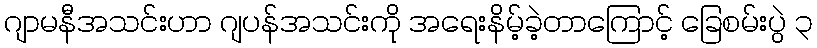
ဂျာမနီအသင်းဟာ ဂျပန်အသင်းကို အရေးနိမ့်ခဲ့တာကြောင့် ခြေစမ်းပွဲ ၃